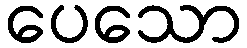
ပေသော